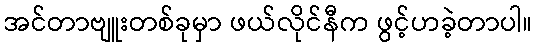
အင်တာဗျူးတစ်ခုမှာ ဖယ်လိုင်နီက ဖွင့်ဟခဲ့တာပါ။